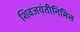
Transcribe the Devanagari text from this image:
शिवजयंतीनिमित्त